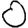
Digit: 0